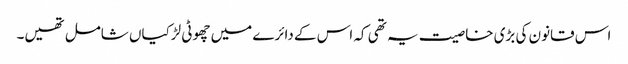
اس قانون کی بڑی خاصیت یہ تھی کہ اس کے دائرے میں چھوٹی لڑکیاں شامل تھیں۔